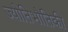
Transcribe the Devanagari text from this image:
ज्योतिभौतिकी